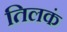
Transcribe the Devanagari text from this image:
तिलकं